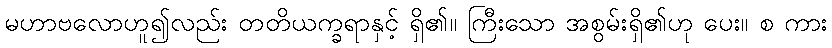
မဟာဗလောဟူ၍လည်း တတိယက္ခရာနှင့် ရှိ၏။ ကြီးသော အစွမ်းရှိ၏ဟု ပေး။ စ ကား